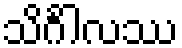
သိင်္ဂါလဿ